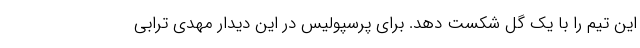
این تیم را با یک گل شکست دهد. برای پرسپولیس در این دیدار مهدی ترابی